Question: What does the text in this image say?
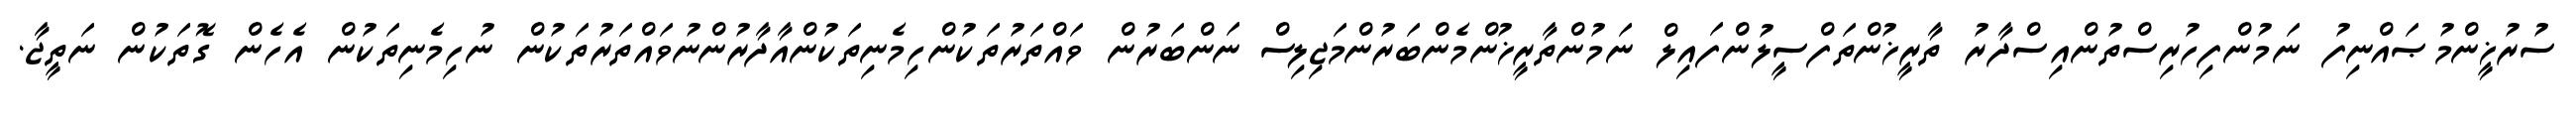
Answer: ސުރުޚީންމުޞައްނިފު ނަމުންފިހުރިސްތުންއިސްދާރު ތާރީޚުންތަފްސީލުންފައިލް ނަމުންތާރީޚުންމެންބަރުންމަޖިލިސް ނަންބަރުން ވައްތަރުތަކުންހިމެނިތަކުންއާދާރުންނުވައްތަރުތަކުން ނުހިމެނިތަކުން އެހެން ގޮތަކުން ނަތީޖާ.